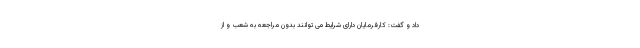
داد و گفت: کارفرمایان دارای شرایط می توانند بدون مراجعه به شعب و از